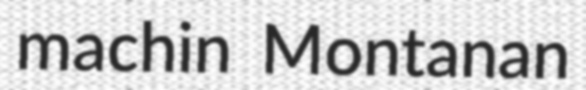
machin Montanan